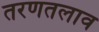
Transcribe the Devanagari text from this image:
तरणतलाव